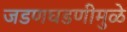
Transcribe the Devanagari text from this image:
जडणघडणीमुळे